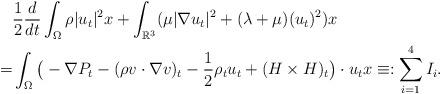
LaTeX: \begin{align*}&\frac{1}{2}\frac{d}{dt}\int_{\Omega}\rho |u_t|^2 x+\int_{\mathbb{R}^3}(\mu|\nabla u_t|^2+(\lambda+\mu)(u_t)^2) x\\=& \int_{\Omega} \big(-\nabla P_t-( \rho v \cdot \nabla v)_t-\frac{1}{2}\rho_t u_t+ (H\times H)_t\big)\cdot u_tx\equiv:\sum_{i=1}^{4}I_i.\end{align*}